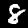
Digit: 8